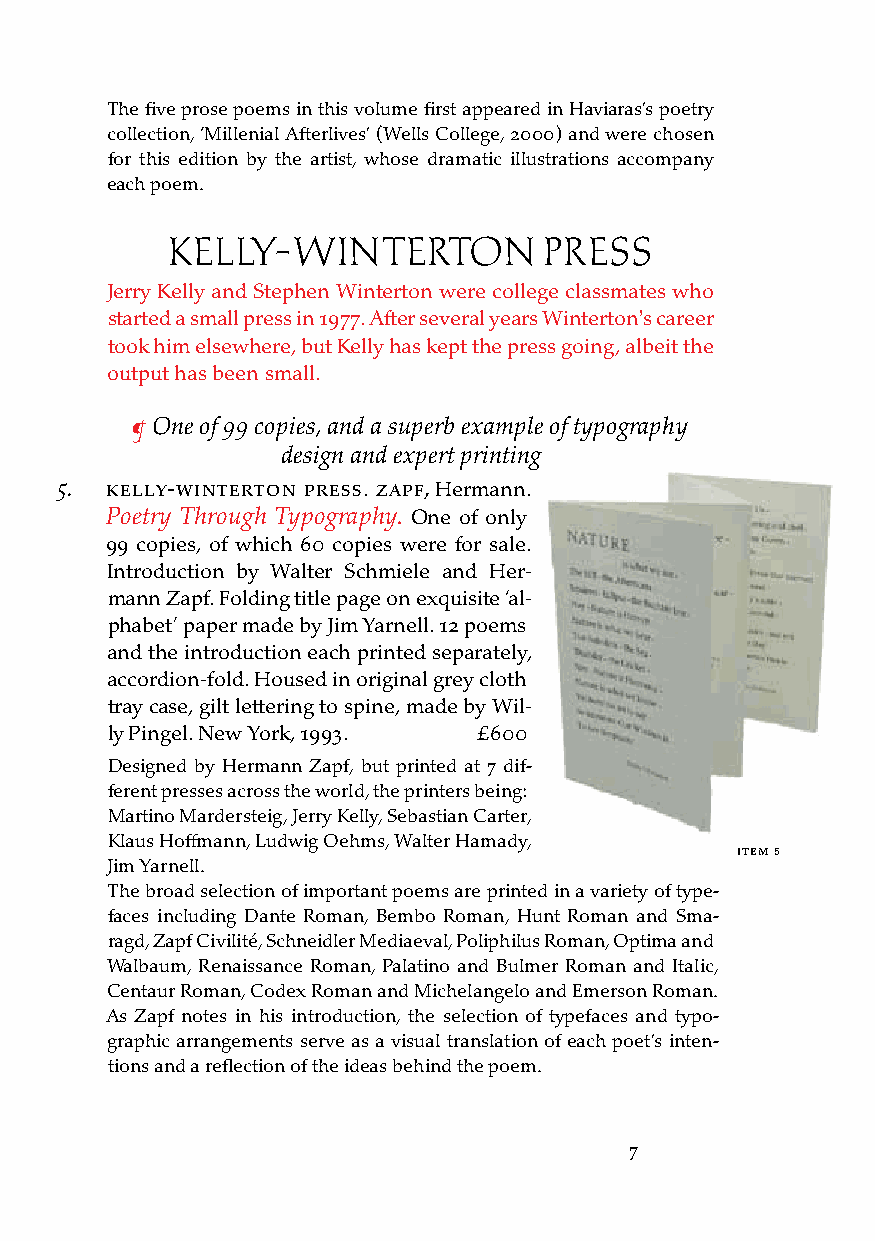
The five prose poems in this volume first appeared in Haviaras’s poetry
 collection, ‘Millenial Afterlives’ (Wells College, 2000) and were chosen
 for this edition by the artist, whose dramatic illustrations accompany
 each poem.
 KELLY-WINTERTON          PRESS
 Jerry Kelly and Stephen Winterton were college classmates who
 started a small press in 1977. After several years Winterton's career
 took him elsewhere, but Kelly has kept the press going, albeit the
 output has been small.
 ¶ One of 99 copies, and a superb example of typography
 design and expert printing
 5. kelly-Winterton Press. zaPf, Hermann.
 Poetry Through Typography. One of only
 99 copies, of which 60 copies were for sale.
 Introduction by Walter Schmiele and Her-
 mann Zapf. Folding title page on exquisite ‘al-
 phabet’ paper made by Jim Yarnell. 12 poems
 and the introduction each printed separately,
 accordion-fold. Housed in original grey cloth
 tray case, gilt lettering to spine, made by Wil-
 ly Pingel. New York, 1993. £600
 Designed by Hermann Zapf, but printed at 7 dif-
 ferent presses across the world, the printers being:
 Martino Mardersteig, Jerry Kelly, Sebastian Carter,
 Klaus Hoffmann, Ludwig Oehms, Walter Hamady,
 iteM 5
 Jim Yarnell.
 The broad selection of important poems are printed in a variety of type-
 faces including Dante Roman, Bembo Roman, Hunt Roman and Sma-
 ragd, Zapf Civilité, Schneidler Mediaeval, Poliphilus Roman, Optima and
 Walbaum, Renaissance Roman, Palatino and Bulmer Roman and Italic,
 Centaur Roman, Codex Roman and Michelangelo and Emerson Roman.
 As Zapf notes in his introduction, the selection of typefaces and typo-
 graphic arrangements serve as a visual translation of each poet’s inten-
 tions and a reflection of the ideas behind the poem.
 7